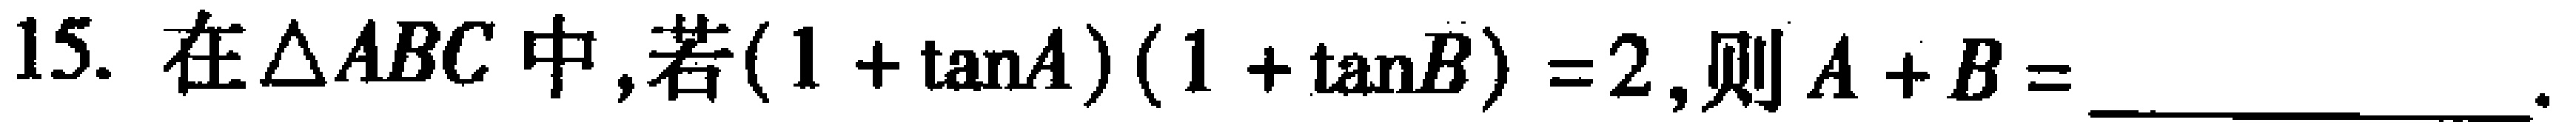
15. 在\(\triangle ABC\)中，若\((1 + \tan A)(1 + \tan B)=2\)，则\(A + B = \)________________。